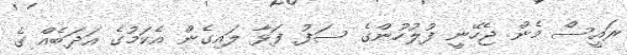
ރައީސް މެން ޖެހޭނީ ފުލުހުންގެ ސަފު ފަޅާ ލައިގެން އެކަމުގެ އަދަބެއް ގެ